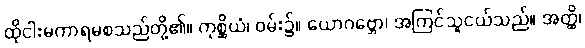
ထိုငါးမကာရမစသည်တို့၏။ ကုစ္ဆိယံ၊ ဝမ်း၌။ ယောဂဗ္ဘော၊ အကြင်သူငယ်သည်။ အတ္ထိ၊